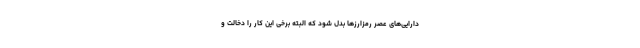
دارایی‌های عصر رمزارزها بدل شود که البته برخی این کار را دخالت و